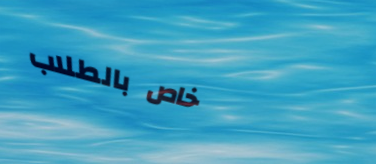
خاص بالطلاب